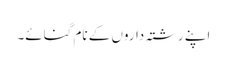
اپنے رشتہ داروں کے نام گنائے۔